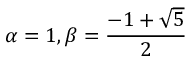
\alpha = 1 , \beta = { \frac { - 1 + { \sqrt { 5 } } } { 2 } }